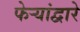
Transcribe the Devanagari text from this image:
फेर्‍यांद्वारे